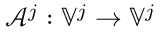
\mathcal { A } ^ { j } : \mathbb { V } ^ { j } \to \mathbb { V } ^ { j }